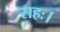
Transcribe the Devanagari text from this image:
सहः।